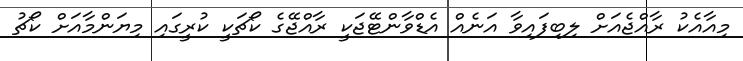
މިއާއެކު ރާއްޖެއަށް ލިބިފައިވާ އަނެއް އެޑްވާންޓޭޖަކީ ރާއްޖޭގެ ކޯޗަކީ ކުރީގައި މިޔަންމާއަށް ކޯޗު